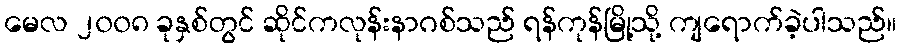
မေလ ၂၀၀၈ ခုနှစ်တွင် ဆိုင်ကလုန်းနာဂစ်သည် ရန်ကုန်မြို့သို့ ကျရောက်ခဲ့ပါသည်။